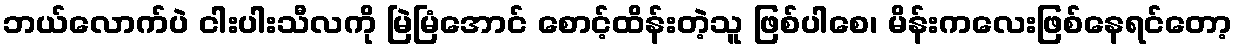
ဘယ်လောက်ပဲ ငါးပါးသီလကို မြဲမြံအောင် စောင့်ထိန်းတဲ့သူ ဖြစ်ပါစေ၊ မိန်းကလေးဖြစ်နေရင်တော့